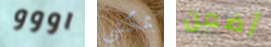
اووو بمكتبي أضمن